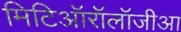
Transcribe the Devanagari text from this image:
मिटिऑरॉलॉजीआ